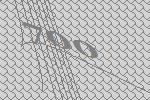
700